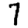
Digit: 7